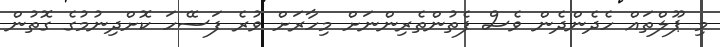
މި ޕޫލްތައް ހެދެންދެން ވެސް ފެތުންތެރިންނަށް މިހާރަށް ވުރެ ފަސޭހަ ކޮށްދިނުމުގެ ގޮތުން